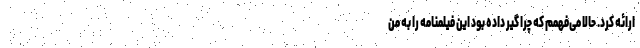
ارائه کرد. حالا می‌فهمم که چرا گیر داده بود این فیلمنامه را به من